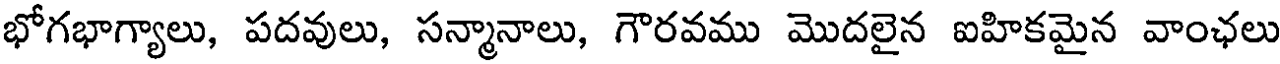
భోగభాగ్యాలు, పదవులు, సన్మానాలు, గౌరవము మొదలైన ఐహికమైన వాంఛలు